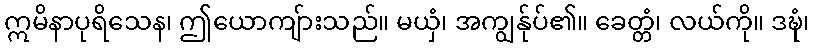
ဣမိနာပုရိသေန၊ ဤယောကျ်ားသည်။ မယှံ၊ အကျွန်ုပ်၏။ ခေတ္တံ၊ လယ်ကို။ ဒဍ္ဎံ၊